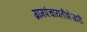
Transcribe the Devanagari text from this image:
ग्रामपंचायतीशेजारी